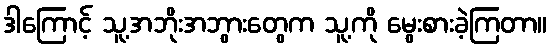
ဒါကြောင့် သူ့အဘိုးအဘွားတွေက သူ့ကို မွေးစားခဲ့ကြတာ။